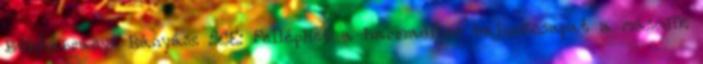
Bükkábrányi Bányász SCE: Felléphet a harmadikos bajnokcsapat a második